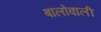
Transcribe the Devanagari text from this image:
बालोंवाली